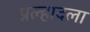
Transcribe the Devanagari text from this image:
प्रल्हादला